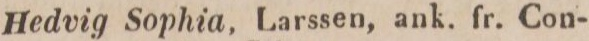
Febr.    11.    Hedvig Sophia, Larssen, ank, fr. Con-